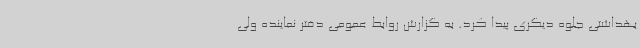
بهداشتی جلوه دیگری پیدا کرد. به گزارش روابط عمومی دفتر نماینده ولی